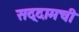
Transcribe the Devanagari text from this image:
सद्दामची